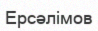
Ерсәлімов